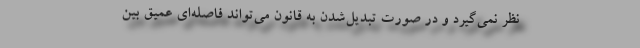
نظر نمی‌گیرد و در صورت تبدیل‌شدن به قانون می‌تواند فاصله‌ای عمیق بین